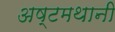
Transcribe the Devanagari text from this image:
अष्टमथानी